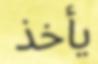
يأخذ